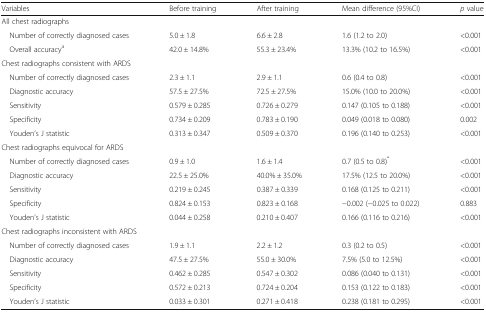
<table><thead><tr><td><b>Variables</b></td><td><b>Before training</b></td><td><b>After training</b></td><td><b>Mean difference (95%CI)</b></td><td><b><i>p</i> value</b></td></tr></thead><tbody><tr><td colspan="5">All chest radiographs</td></tr><tr><td> Number of correctly diagnosed cases</td><td>5.0 ± 1.8</td><td>6.6 ± 2.8</td><td>1.6 (1.2 to 2.0)</td><td>&lt;0.001</td></tr><tr><td> Overall accuracy<sup>a</sup></td><td>42.0 ± 14.8%</td><td>55.3 ± 23.4%</td><td>13.3% (10.2 to 16.5%)</td><td>&lt;0.001</td></tr><tr><td colspan="5">Chest radiographs consistent with ARDS</td></tr><tr><td> Number of correctly diagnosed cases</td><td>2.3 ± 1.1</td><td>2.9 ± 1.1</td><td>0.6 (0.4 to 0.8)</td><td>&lt;0.001</td></tr><tr><td> Diagnostic accuracy</td><td>57.5 ± 27.5%</td><td>72.5 ± 27.5%</td><td>15.0% (10.0 to 20.0%)</td><td>&lt;0.001</td></tr><tr><td> Sensitivity</td><td>0.579 ± 0.285</td><td>0.726 ± 0.279</td><td>0.147 (0.105 to 0.188)</td><td>&lt;0.001</td></tr><tr><td> Specificity</td><td>0.734 ± 0.209</td><td>0.783 ± 0.190</td><td>0.049 (0.018 to 0.080)</td><td>0.002</td></tr><tr><td> Youden’s J statistic</td><td>0.313 ± 0.347</td><td>0.509 ± 0.370</td><td>0.196 (0.140 to 0.253)</td><td>&lt;0.001</td></tr><tr><td colspan="5">Chest radiographs equivocal for ARDS</td></tr><tr><td> Number of correctly diagnosed cases</td><td>0.9 ± 1.0</td><td>1.6 ± 1.4</td><td>0.7 (0.5 to 0.8)<sup>*</sup></td><td>&lt;0.001</td></tr><tr><td> Diagnostic accuracy</td><td>22.5 ± 25.0%</td><td>40.0% ± 35.0%</td><td>17.5% (12.5 to 20.0%)</td><td>&lt;0.001</td></tr><tr><td> Sensitivity</td><td>0.219 ± 0.245</td><td>0.387 ± 0.339</td><td>0.168 (0.125 to 0.211)</td><td>&lt;0.001</td></tr><tr><td> Specificity</td><td>0.824 ± 0.153</td><td>0.823 ± 0.168</td><td>−0.002 (−0.025 to 0.022)</td><td>0.883</td></tr><tr><td> Youden’s J statistic</td><td>0.044 ± 0.258</td><td>0.210 ± 0.407</td><td>0.166 (0.116 to 0.216)</td><td>&lt;0.001</td></tr><tr><td colspan="5">Chest radiographs inconsistent with ARDS</td></tr><tr><td> Number of correctly diagnosed cases</td><td>1.9 ± 1.1</td><td>2.2 ± 1.2</td><td>0.3 (0.2 to 0.5)</td><td>&lt;0.001</td></tr><tr><td> Diagnostic accuracy</td><td>47.5 ± 27.5%</td><td>55.0 ± 30.0%</td><td>7.5% (5.0 to 12.5%)</td><td>&lt;0.001</td></tr><tr><td> Sensitivity</td><td>0.462 ± 0.285</td><td>0.547 ± 0.302</td><td>0.086 (0.040 to 0.131)</td><td>&lt;0.001</td></tr><tr><td> Specificity</td><td>0.572 ± 0.213</td><td>0.724 ± 0.204</td><td>0.153 (0.122 to 0.183)</td><td>&lt;0.001</td></tr><tr><td> Youden’s J statistic</td><td>0.033 ± 0.301</td><td>0.271 ± 0.418</td><td>0.238 (0.181 to 0.295)</td><td>&lt;0.001</td></tr></tbody></table>